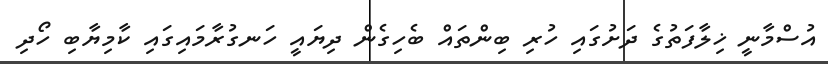
އުސްމާނީ ޚިލާފަތުގެ ދަށުގައި ހުރި ބިންތައް ބެހިގެން ދިޔައީ ހަނގުރާމައިގައި ކާމިޔާބި ހޯދި